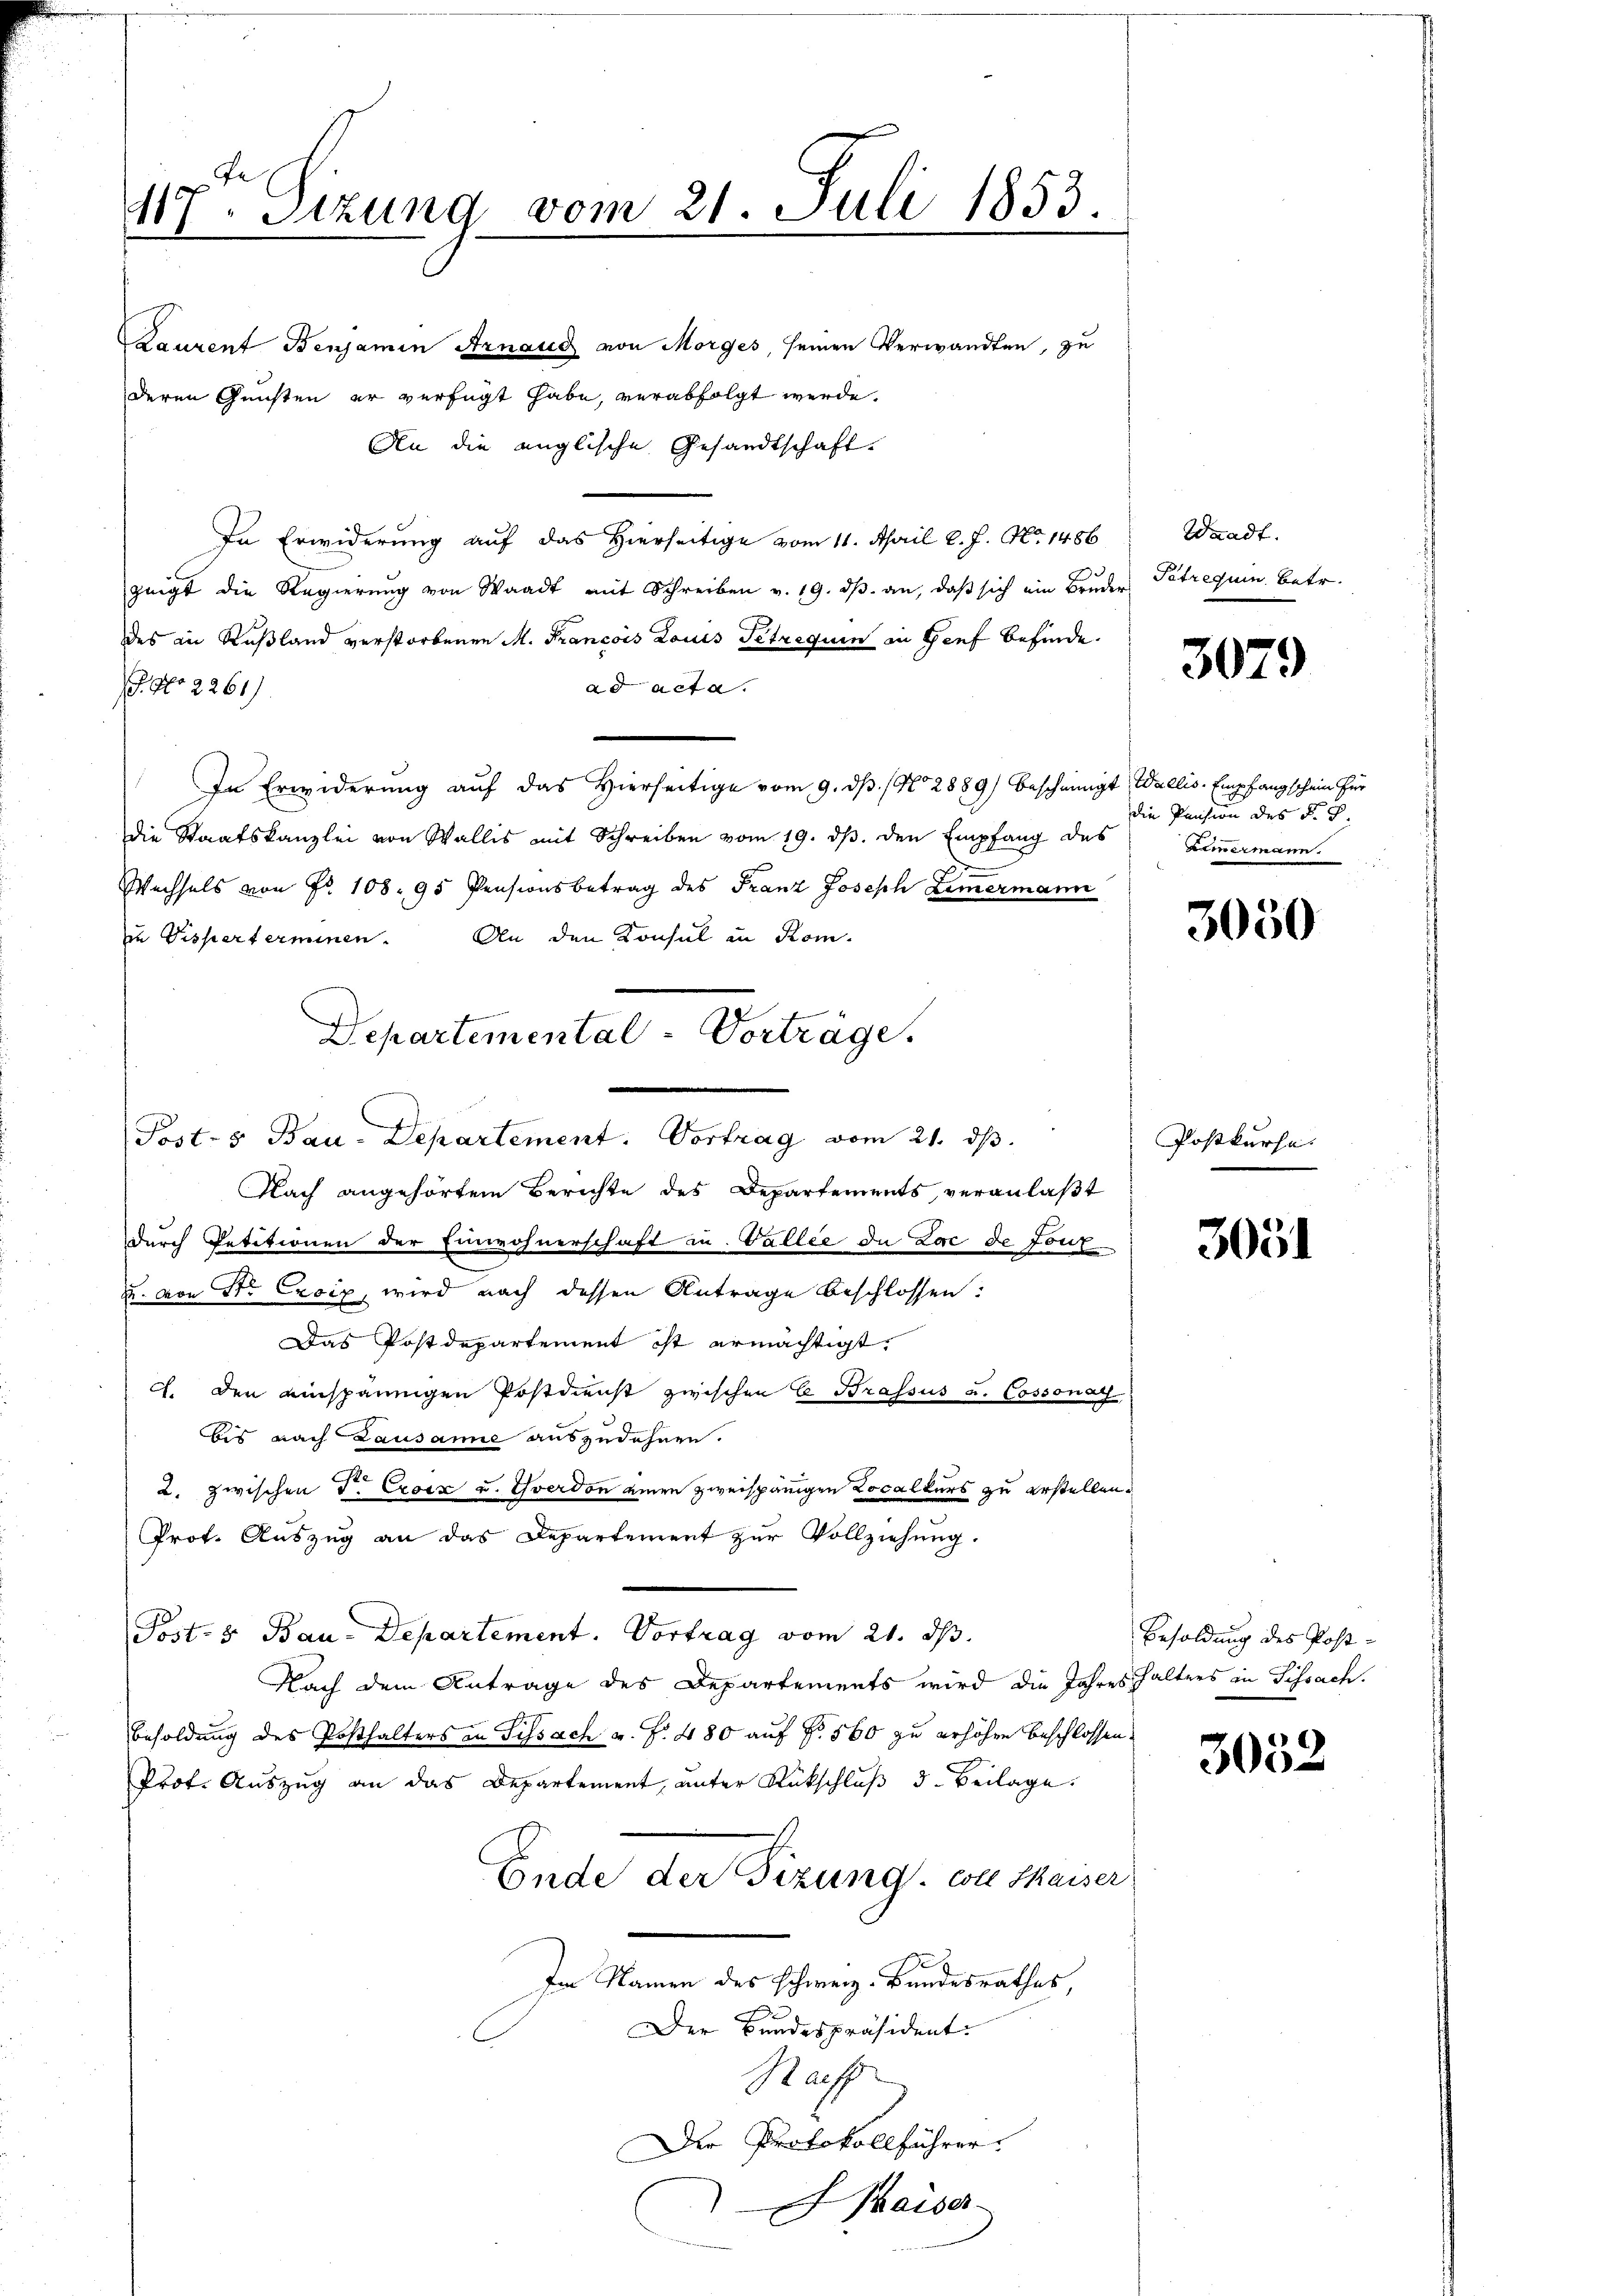
117ten Sizung vom 21. Juli 1853.

Kauzent Benjamin Arnaud von Morges, seinen Verwandten, zu
deren Gunsten er verfügt habe, verabfolgt werde.
An die englische Gesandtschaft.
In Erwiderung auf das Hierseitige vom 11. April l. J. No. 1486
zeigt die Regierung von Waadt mit Schreiben v. 19. dβ an, daß sich ein Bruder Petrequin betr.
des in Rußland verstorbenen M. Francois Louis Petrequin in Genf befinde.
J. No 2261)
ad acta.
In Erwiderung auf das Hierseitige vom 9. ds. (No 2889) bescheinigt Wallis. Empfangschein für
die Staatskanzlei von Wallis mit Schreiben vom 19. ds. den Empfang des
Wechsels von Fr. 108. 95 Pensionsbetrag des Franz Joseph Zimermann
in Visperterminen. An den Konsul in Kom-
Nach angehörten Berichte des Departements, veranlaßt
durch Petitionen der Einwohnerschaft zu. Gallee de Loc de tonz
u. von Sr Excip, wird nach dessen Antrage beschlossen:
Das Postdepartement ist ermächtigt.
ch. den einspännigen Postdienst zwischen E. Strassus u. Cossonay
bis nach Lausanne auszudehnen.
2. zwischen d. Croix u. verdon einen zweispänigen Localkurs zu erstellen.
Prot. Auszug an das Departement zur Vollziehung.
Post- & Bau-Departement. Vortrag vom 21. ds.
Nach dem Antrage des Departements wird die Jahreshalters in Fissach.
Besoldung des Posthalters in Sissach u. f. 480 auf Fr. 560 zu erhöhen beschlossen.
Prof. Auszug an das Departement, unter Rückschluß d. Beilage.
Ende der Fizung, wie saiser
Im Namen des schweiz. Bundesrathes,
Der Bundespräsident.
Rachs
Die Protokollführer.
Maiser

Departemental-Vorträge.
Post- & Bau-Departement. Vortrag vom 21. ds.

Waadt.

3079

die Pension des Sch
Zimmermann

3050

Postkurse.

3051

Besoldung des Post-

3052